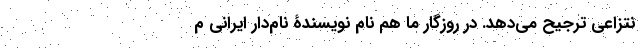
نتزاعی ترجیح می‌دهد. در روزگار ما هم نام نویسندۀ نام‌دار ایرانی م